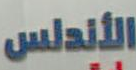
الأندلس